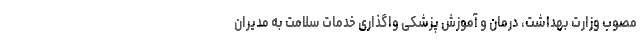
مصوب وزارت بهداشت، درمان و آموزش پزشکی واگذاری خدمات سلامت به مدیران